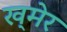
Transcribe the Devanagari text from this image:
ख्‌मेर